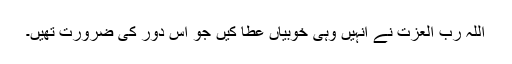
اللہ رب العزت نے انہیں وہی خوبیاں عطا کیں جو اُس دور کی ضرورت تھیں۔